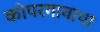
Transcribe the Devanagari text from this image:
कोपरगावाचा